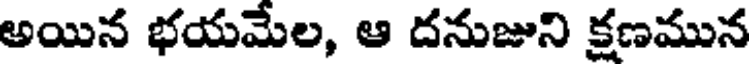
అయిన భయమేల, ఆ దనుజుని క్షణమున